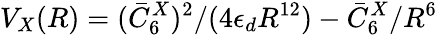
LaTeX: V_{X}(R)=(\bar{C}_{6}^{X})^{2}/(4\epsilon_{d}R^{12})-\bar{C}_{6}^{X}/R^{6}